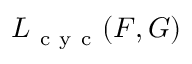
L _ { \mathrm { ~ c ~ y ~ c ~ } } ( F , G )